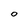
Character: 0